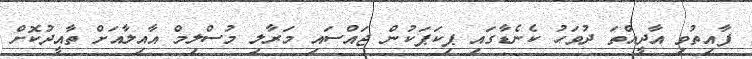
ފާއިތުވި އާދީއްތަ ދުވަހު ކެނެޑާގައި ޕިކަޕަކުން ޖައްސައި މަރާލި މުސްލިމް އާއިލާއަށް ތާއީދުކޮށް